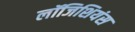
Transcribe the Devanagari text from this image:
लॉजिशियंस